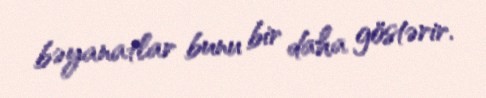
bəyanatlar bunu bir daha göstərir.